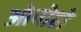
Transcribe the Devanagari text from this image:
ओपोहो